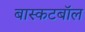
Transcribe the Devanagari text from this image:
बास्कटबॉल